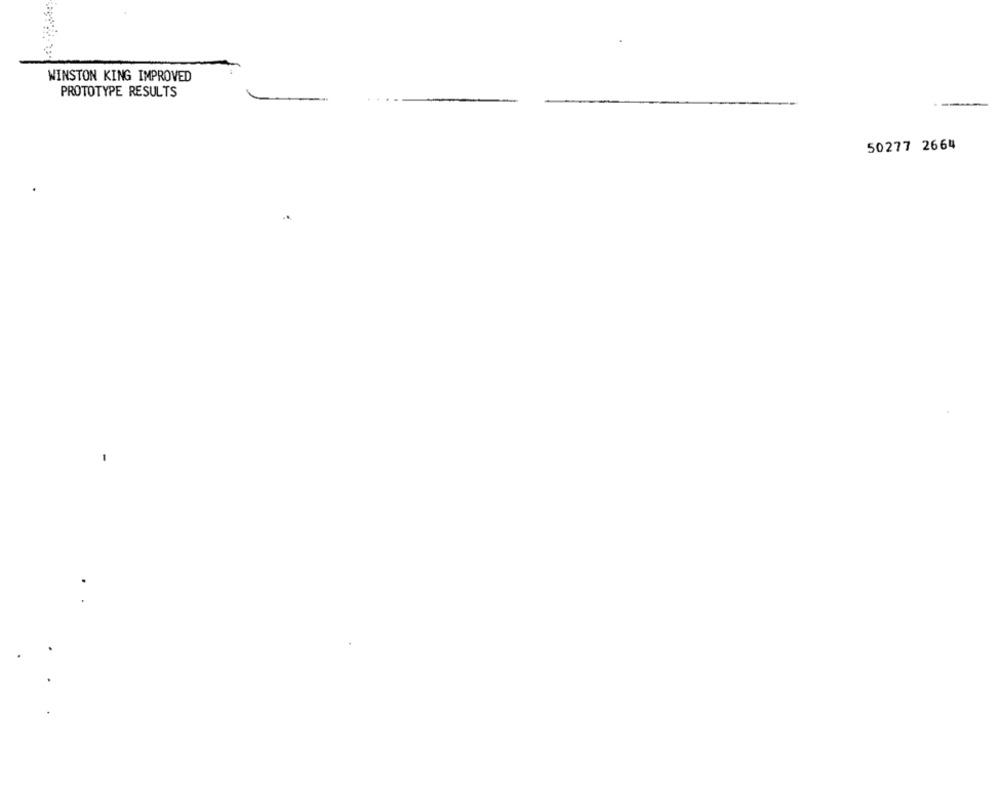
WINSTON KING IMPROVED
PROTOTYPE RESULTS
50277 2664